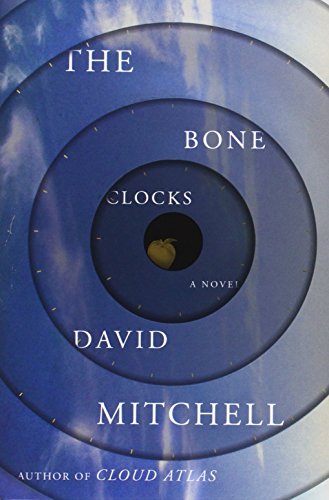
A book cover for The Bone Clocks: A Novel; David Mitchell; Literature & Fiction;